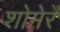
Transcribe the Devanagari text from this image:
शोमेर